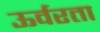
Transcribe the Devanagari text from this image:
ऊर्वरता